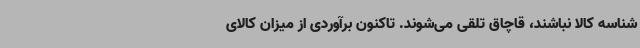
شناسه کالا نباشند، قاچاق تلقی می‌شوند. تاکنون برآوردی از میزان کالای